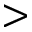
>